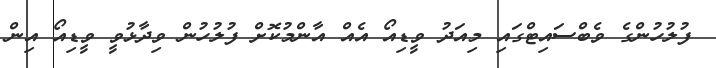
ފުލުހުންގެ ވެބްސައިޓްގައި މިއަދު ވީޑިއޯ އެއް އާންމުކޮށް ފުލުހުން ވިދާޅުވީ ވީޑިއޯ އިން